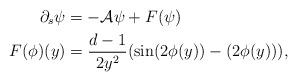
LaTeX: \begin{align*} \partial_{s}\psi&=-\mathcal A\psi+F(\psi)\\ F(\phi)(y)&=\frac{d-1}{2y^{2}}(\sin(2\phi(y))-(2\phi(y))),\end{align*}